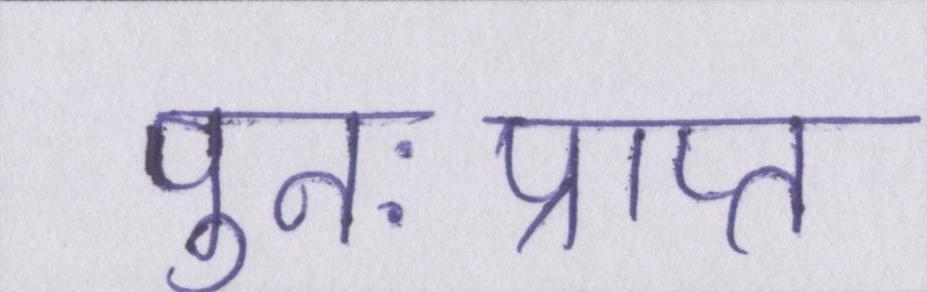
पुनःप्राप्त